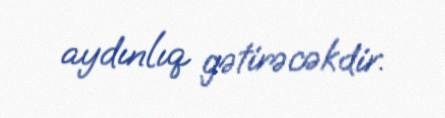
aydınlıq gətirəcəkdir.